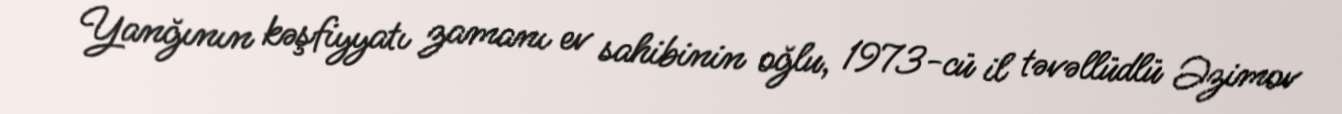
Yanğının kəşfiyyatı zamanı ev sahibinin oğlu, 1973-cü il təvəllüdlü Əzimov